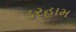
ડરહામ